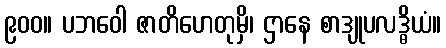
၉၀၀။ ပဘဝေါ ဇာတိဟေတုမှိ၊ ဌာနေ စာဒျုပလဒ္ဓိယံ။